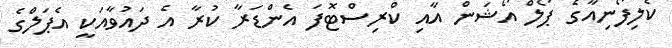
ކެލިފޯނިއާގެ ޕޯލް އޯޝަން އާއި ކްރިސްޓޮފަ އެންޑަރާ ކުރާ އެ ދައުވާއަކީ އެޕަލްގެ